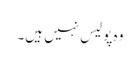
وہ پولیس نہیں ہیں۔